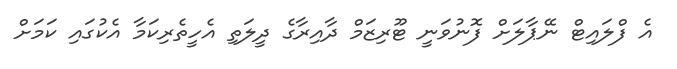
އެ ފްލައިޓް ނޭޕާލަށް ފޮނުވަނީ ޓޫރިޒަމް ދާއިރާގެ ދީލަތި އެހީތެރިކަމާ އެކުގައި ކަމަށް